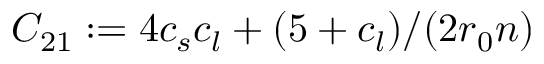
C _ { 2 1 } : = 4 c _ { s } c _ { l } + ( 5 + c _ { l } ) / ( 2 r _ { 0 } n )